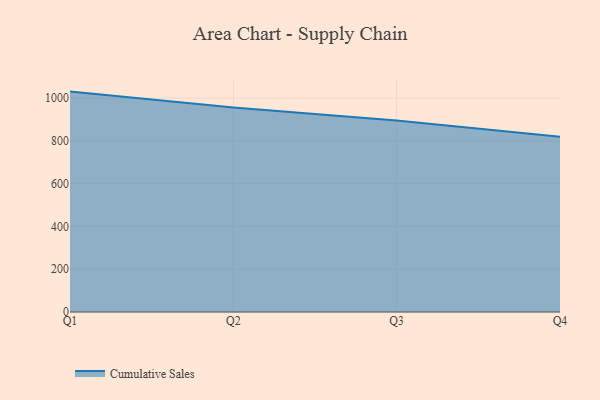
{"axis": {"x": "Quarter", "y": "Conversion Rate (%)"}, "legend": ["Cumulative Sales"], "data": [{"x": "Q1", "y": 1030.7, "type": "Cumulative Sales"}, {"x": "Q2", "y": 956.6, "type": "Cumulative Sales"}, {"x": "Q3", "y": 895.2, "type": "Cumulative Sales"}, {"x": "Q4", "y": 819.0, "type": "Cumulative Sales"}]}